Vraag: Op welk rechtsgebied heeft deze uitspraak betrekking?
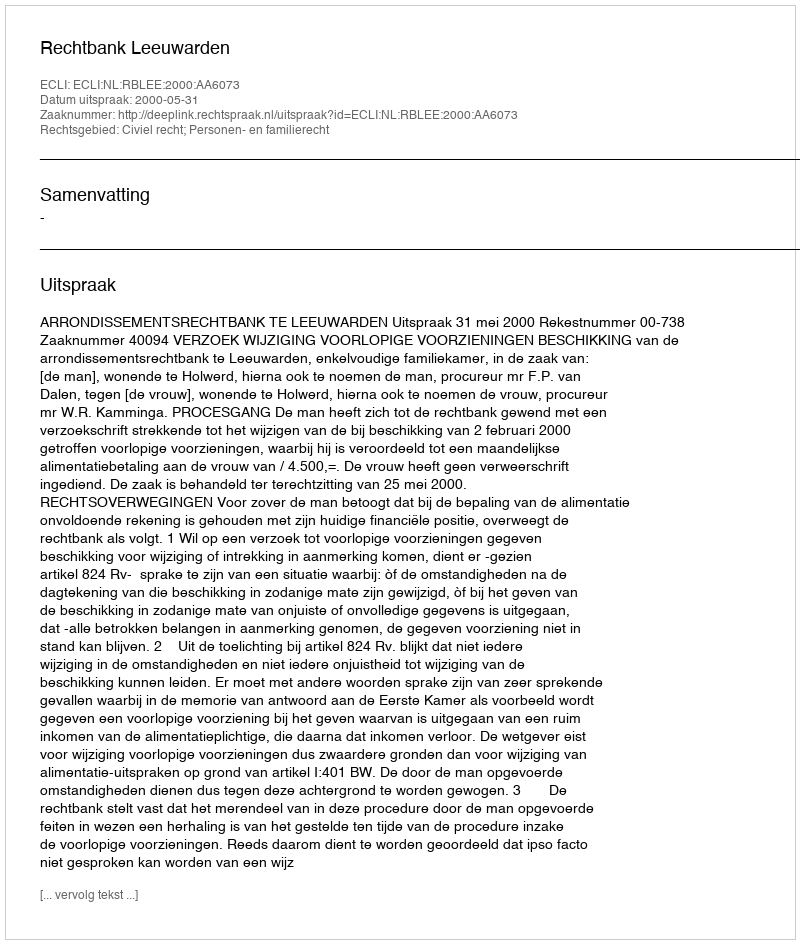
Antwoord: Civiel recht; Personen- en familierecht